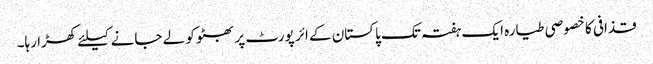
قذافی کا خصوصی طیارہ ایک ہفتہ تک پاکستان کے ائر پورٹ پر بھٹو کو لے جانے کیلئے کھڑا رہا۔